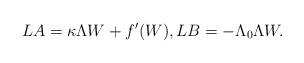
LaTeX: \begin{align*} LA = \kappa \Lambda W + f'(W), LB = -\Lambda_0 \Lambda W. \end{align*}